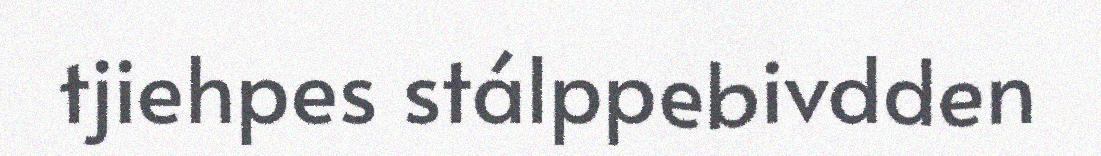
tjiehpes stálppebivdden